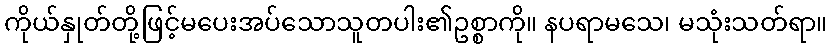
ကိုယ်နှုတ်တို့ဖြင့်မပေးအပ်သောသူတပါး၏ဥစ္စာကို။ နပရာမသေ၊ မသုံးသတ်ရာ။